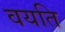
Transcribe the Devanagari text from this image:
वयति